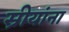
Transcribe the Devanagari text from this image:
स्रीयांना